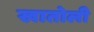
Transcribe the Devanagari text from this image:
खातोली